Vaccine operations Central Provinces 1900-1911 - 1900-1911
Year: 1900
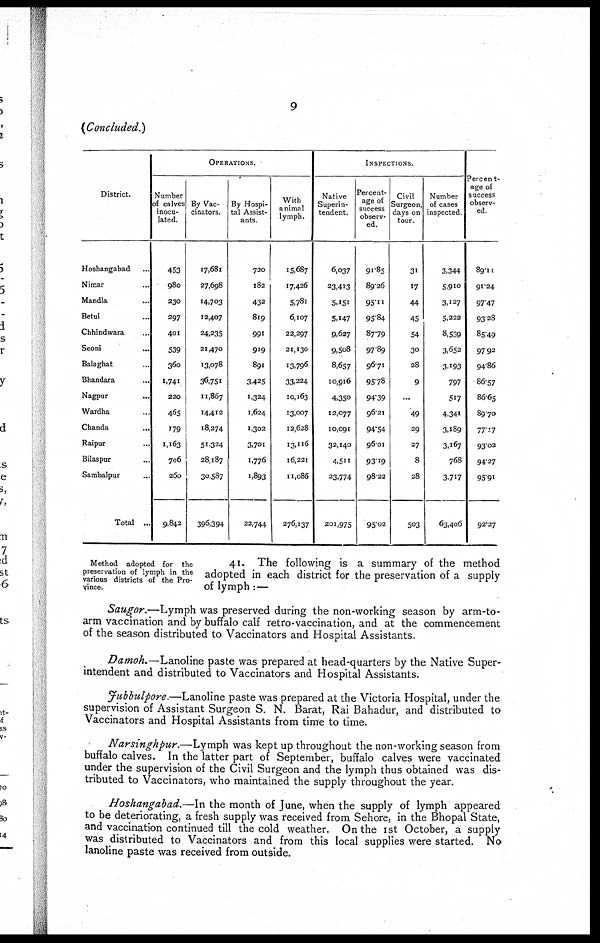
9
(Concluded.)
District.
Hoshangabad...
Nimar...
Mandla...
Betul...
Chhindwara...
Seoni...
Balaghat...
Bhandara...
Nagpur...
Wardha...
Chanda...
Raipur...
Bilaspur...
Sambalpur...
Total ...
OPERATIONS.
Number
of calves
inocu-
lated
453
980
230
297
401
539
360
1,741
220
465
179
1,163
706
260
9,842
By Vac-
cinators.
17,681
27,698
14.703
12,407
24,235
21,470
13,078
36,751
11,867
14,412
18,274
51,324
28,187
30,587
396,394
By Hospi-
tal Assist-
ants
720
182
432
819
991
919
891
3,425
1,324
1,624
1,302
3,701
1,776
1,893
22,744
With
animal
lymph.
15,687
17,426
5,781
6,107
22,297
21,130
13,796
33,224
10,163
13,007
12,628
13,116
16,221
11,086
276,137
INSPECTIONS.
Native
Superin-
tendent.
6,037
23,413
5,151
5,147
9,627
9,508
8,657
10,916
4,350
12,077
10,091
32,140
4,511
23,774
201,975
Percent-
age of
success
observ-
ed.
91.85
89.26
95.11
95.84
87.79
97.89
96.71
95.78
94.39
96.21
94.54
96.01
93.19
98.22
95.02
Civil
Surgeon,
days on
tour.
31
17
44
45
54
30
28
9
...
49
29
27
8
28
503
Number
of cases
inspected
3,344
5,910
3,127
5,222
8,539
3,652
3,193
797
517
4,341
3,189
3,167
768
3,717
63,406
Percent-
age of
success
observ-
ed.
89.11
91.24
97.47
93.28
85.49
97.92
94.86
86.57
86.65
89.70
77.07
93.02
94.27
95.91
92.27
Method adopted for the
preservation of lymph in the
various districts of the Pro-
vince.
41. The following is a summary of the method
adopted in each district for the preservation of a supply
of lymph:—
Saugor.— Lymph was preserved during the non-working season by arm-to-
arm vaccination and by buffalo calf retro-vaccination, and at the commencement
of the season distributed to Vaccinators and Hospital Assistants.
Damoh.—Lanoline paste was prepared at head-quarters by the Native Super-
intendent and distributed to Vaccinators and Hospital Assistants.
Jubbulpore.—Lanoline paste was prepared at the Victoria Hospital, under the
supervision of Assistant Surgeon S. N. Barat, Rai Bahadur, and distributed to
Vaccinators and Hospital Assistants from time to time.
Narsinghpur.—Lymph was kept up throughout the non-working season from
buffalo calves. In the latter part of September, buffalo calves were vaccinated
under the supervision of the Civil Surgeon and the lymph thus obtained was dis-
tributed to Vaccinators, who maintained the supply throughout the year.
Hoshangabad.—In the month of June, when the supply of lymph appeared
to be deteriorating, a fresh supply was received from Sehore, in the Bhopal State,
and vaccination continued till the cold weather. On the 1st October, a supply
was distributed to Vaccinators and from this local supplies were started. No
lanoline paste was received from outside.